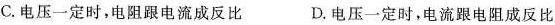
C.电压一定时，电阻跟电流成反比 D.电压一定时，电流跟电阻成反比